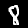
Digit: 8